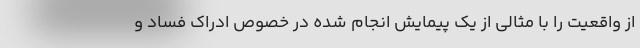
از واقعیت را با مثالی از یک پیمایش انجام شده در خصوص ادراک فساد و